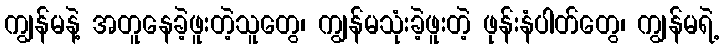
ကျွန်မနဲ့ အတူနေခဲ့ဖူးတဲ့သူတွေ၊ ကျွန်မသုံးခဲ့ဖူးတဲ့ ဖုန်းနံပါတ်တွေ၊ ကျွန်မရဲ့